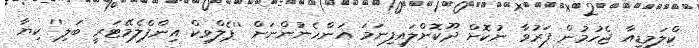
ކްލަމީޑިއާ ޖެހުމުން ފަރުވާ ނުކޮށް ދޫކޮށްލައިފިނަމަ އަންހެނުންނަށް ''ޕެލްވިކް އިންފްލެމޭޓަރީ ބަލި'' ކިޔާ